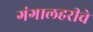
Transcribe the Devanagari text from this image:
गंगालहरीचे